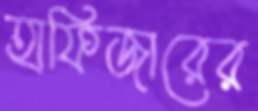
হাফিজারের